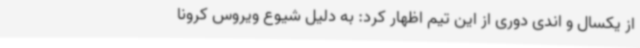
از یکسال و اندی دوری از این تیم اظهار کرد: به دلیل شیوع ویروس کرونا